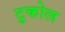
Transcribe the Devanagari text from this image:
टुकोल